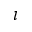
\iota